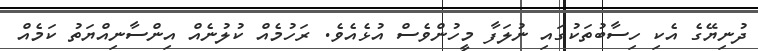
ދުނިޔޭގެ އެކި ހިސާބުތަކުގައި ނުލަފާ މީހުންވެސް އުޅެއެވެ. ރަހުމެއް ކުލުނެއް އިންސާނިއްޔަތު ކަމެއް